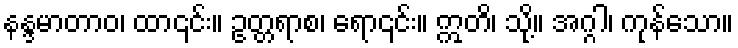
နန္ဒမာတာဝ၊ ထာ၎င်း။ ဥတ္တရာစ၊ ရော၎င်း။ ဣတိ၊ သို့။ အဂ္ဂါ၊ ကုန်သော။